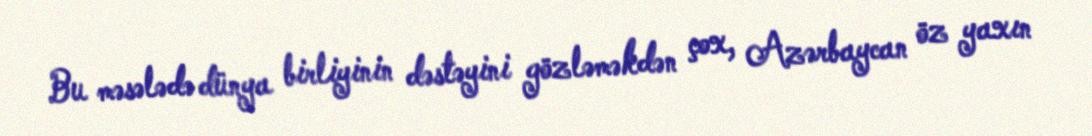
Bu məsələdə dünya birliyinin dəstəyini gözləməkdən çox, Azərbaycan öz yaxın